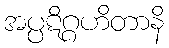
အပ္ပဋိဂ္ဂဟိတာနိ